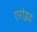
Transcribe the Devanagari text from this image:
एरोइड